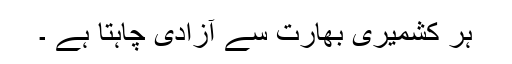
ہر کشمیری بھارت سے آزادی چاہتا ہے ۔